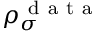
\rho _ { \sigma } ^ { \mathrm { ~ d ~ a ~ t ~ a ~ } }